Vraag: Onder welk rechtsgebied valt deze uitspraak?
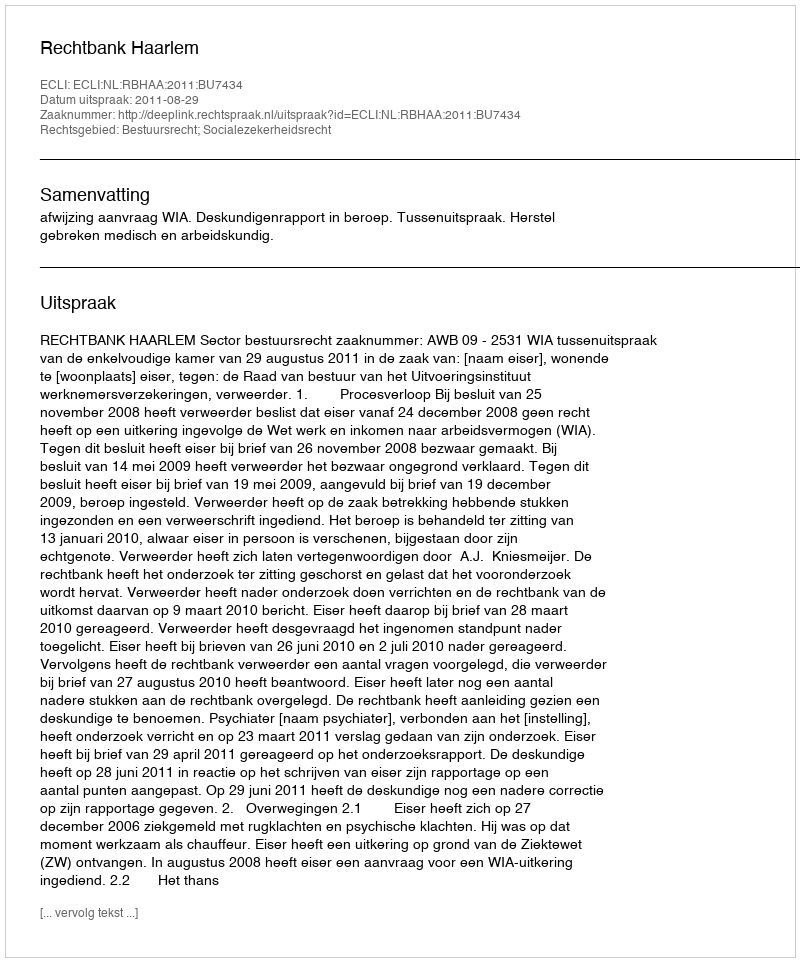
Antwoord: Bestuursrecht; Socialezekerheidsrecht